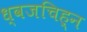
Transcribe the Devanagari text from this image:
ध्वजचिह्न